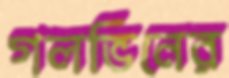
গলভিনের